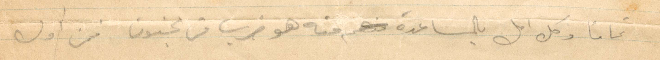
تمامًا وكل امل بالمساعدة منه هو ضرب من الجنون. فمن اول